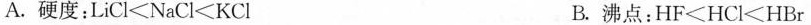
A. 硬度：$$L i C l < N a C l < K C l$$ B. 沸点：$$H F < H C l < H B r $$